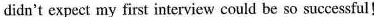
didn't expect my first interview could be so successful!